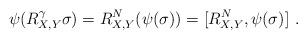
LaTeX: \begin{align*} \psi(R^\gamma_{X,Y} \sigma)=R^N_{X,Y}(\psi(\sigma))=[R^N_{X,Y},\psi(\sigma)]\ .\end{align*}